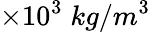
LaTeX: \times 10^{3}\; kg/m^{3}